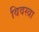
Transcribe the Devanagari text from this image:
विवस्त्रा